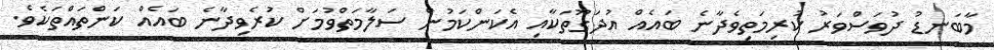
މާބަނޑު ދުވަސްވަރު ކުރިމަތިވެދާނެ ބައެއް އުދަގޫތަކާއި އެކަންކަމުން ސަލާމަތްވުމަށް ކުރެވިދާނެ ބައެއް ކަންތައްތަކެވެ.